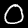
Label: 0